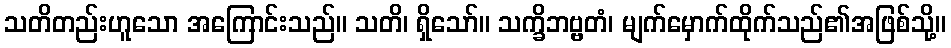
သတိတည်းဟူသော အကြောင်းသည်။ သတိ၊ ရှိသော်။ သက္ခိဘဗ္ဗတံ၊ မျက်မှောက်ထိုက်သည်၏အဖြစ်သို့။